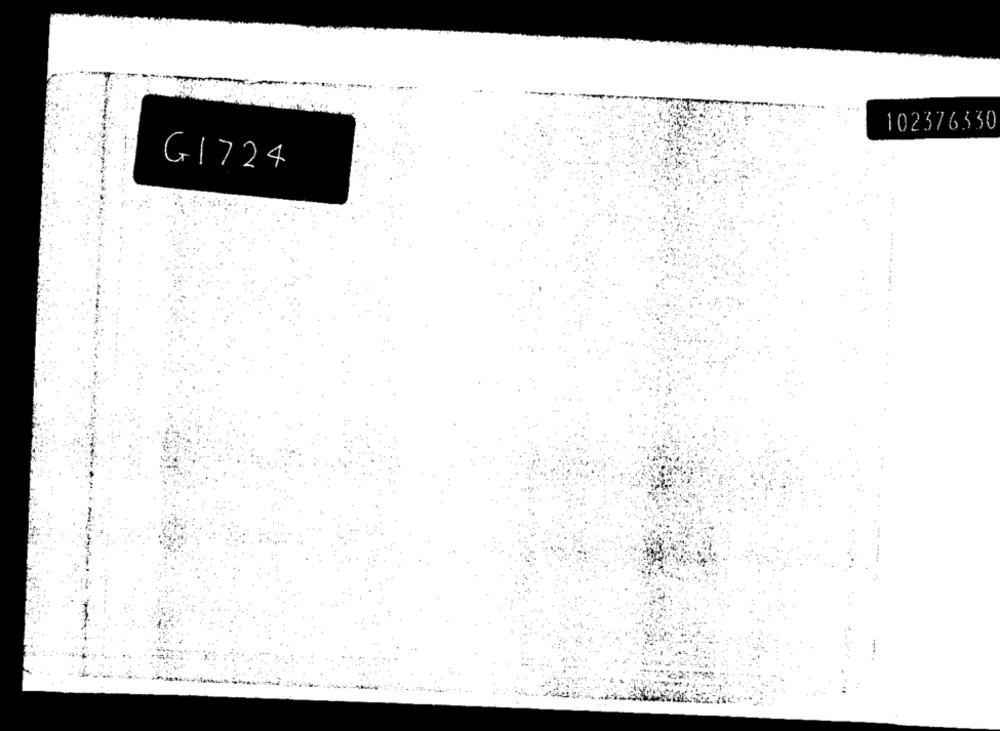
102376330
G1724